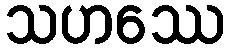
သဟဿေ